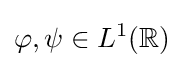
\varphi ,\psi \in L^{1}(\mathbb {R} )